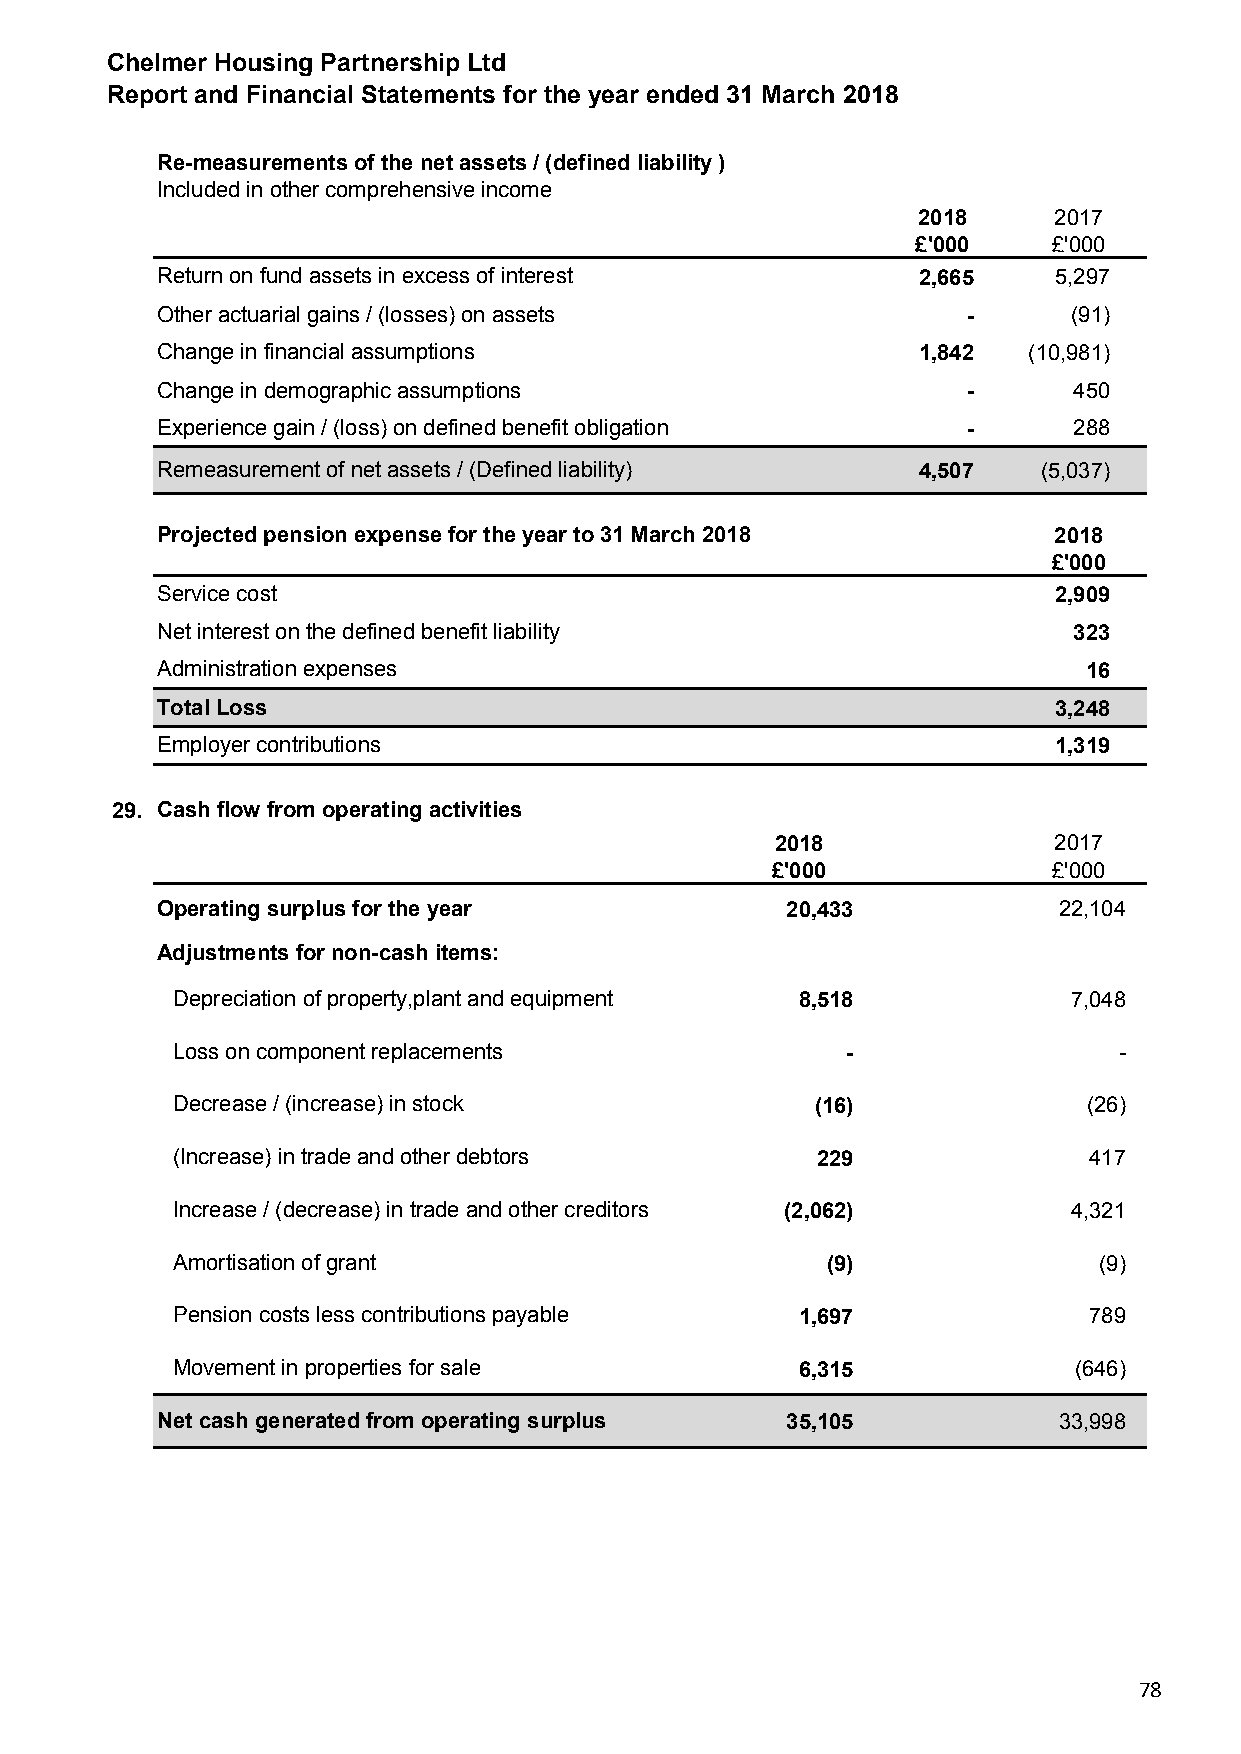
Chelmer Housing Partnership Ltd
 Report and Financial Statements for the year ended 31 March 2018
 Re-measurements of the net assets / (defined liability )
 Included in other comprehensive income
 2018     2017
 £'000    £'000
 Return on fund assets in excess of interest        2,665    5,297
 Other actuarial gains / (losses) on assets            -      (91)
 Change in financial assumptions                    1,842  (10,981)
 Change in demographic assumptions                     -      450
 Experience gain / (loss) on defined benefit obligation -     288
 Remeasurement of net assets / (Defined liability)  4,507   (5,037)
 Projected pension expense for the year to 31 March 2018     2018
 £'000
 Service cost                                                2,909
 Net interest on the defined benefit liability                323
 Administration expenses                                       16
 Total Loss                                                  3,248
 Employer contributions                                      1,319
 29. Cash flow from operating activities
 2018               2017
 £'000              £'000
 Operating surplus for the year            20,433            22,104
 Adjustments for non-cash items:
 Depreciation of property,plant and equipment 8,518          7,048
 Loss on component replacements               -                 -
 Decrease / (increase) in stock             (16)              (26)
 (Increase) in trade and other debtors      229               417
 Increase / (decrease) in trade and other creditors (2,062)  4,321
 Amortisation of grant                       (9)               (9)
 Pension costs less contributions payable  1,697              789
 Movement in properties for sale           6,315             (646)
 Net cash generated from operating surplus 35,105            33,998
 78